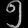
Digit: ၅